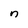
Character: n